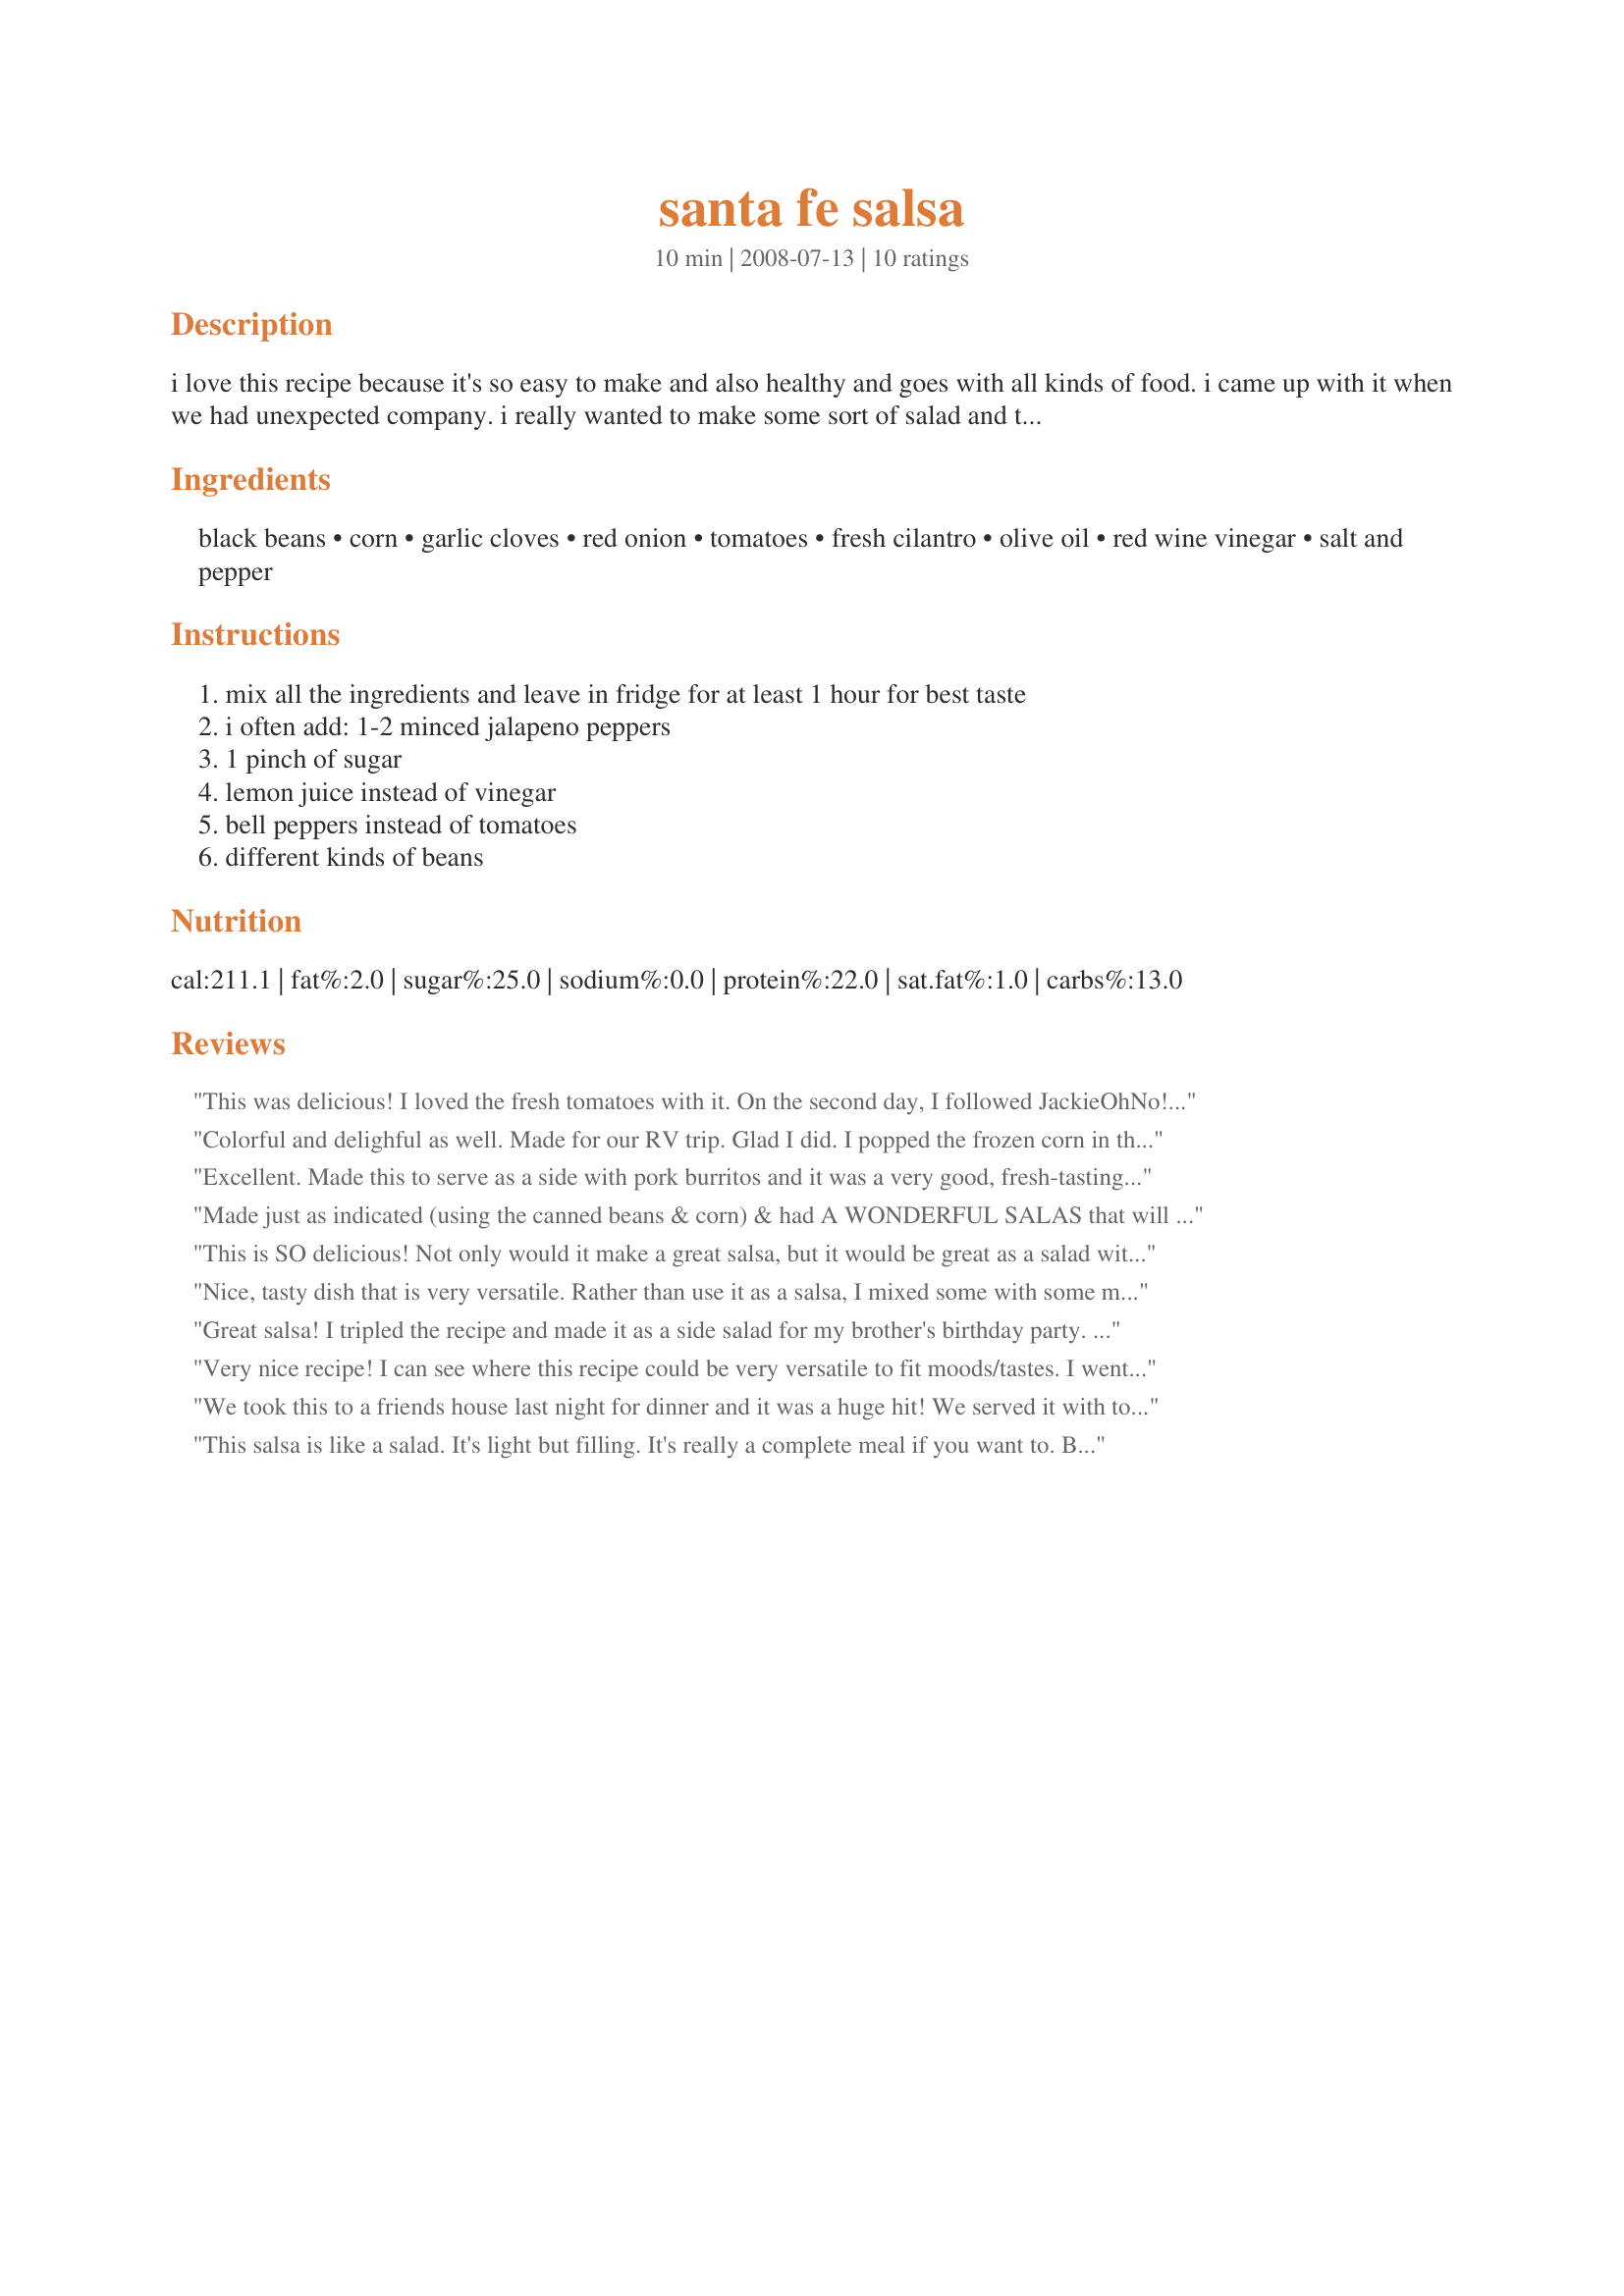
santa fe salsa
Preparation time: 10 minutes

i love this recipe because it's so easy to make and also healthy and goes with all kinds of food.
i came up with it when we had unexpected company. i really wanted to make some sort of salad and this were the ingredients that i had on hand.
you can use it as a salad or a salsa.

Ingredients:
black beans, corn, garlic cloves, red onion, tomatoes, fresh cilantro, olive oil, red wine vinegar, salt and pepper

Steps:
mix all the ingredients and leave in fridge for at least 1 hour for best taste, i often add: 1-2 minced jalapeno peppers, 1 pinch of sugar, lemon juice instead of vinegar, bell peppers instead of tomatoes, different kinds of beans

Reviews:
This was delicious! I loved the fresh tomatoes with it. On the second day, I followed JackieOhNo!'s review and added small pasta to it for lunch. Thanks for a good one!
Colorful and delighful as well. Made for our RV trip. Glad I did. I popped the frozen corn in the microwave for 2 min., it was great. Made for 123 tag.
Excellent. Made this to serve as a side with pork burritos and it was a very good, fresh-tasting accompaniment. Thanks.
Made just as indicated (using the canned beans & corn) & had A WONDERFUL SALAS that will be made again & again over the summer! Thanks for sharing a great, easy-to-make recipe! [Tagged made & reviewed in Please Review My Recipe]
This is SO delicious! Not only would it make a great salsa, but it would be great as a salad with brown rice. Or in a wrap. Or both! I used green garlic, lime juice instead of vinegar (juice of two limes), and a red and yellow pepper. Oh, and two serrano peppers, since I like it spicy. Oh, I will make this again, and again! Thank you, Bellinda!!! Made for Veggie Swap 13.
Nice, tasty dish that is very versatile. Rather than use it as a salsa, I mixed some with some mini-bowtie pasta and packed it for my lunch. It was a nice, change of pace and very healthy. Thanks for posting this. Made for Please Review My Recipe Tag Game.
Great salsa! I tripled the recipe and made it as a side salad for my brother's birthday party. Everyone loved it! Thanks for sharing!
Very nice recipe! I can see where this recipe could be very versatile to fit moods/tastes. I went the lemon juice route instead of vinegar, and didn't use cilantro as we really don't like it. Outside of that, this salsa is very good! I would make it again, and switch off on different beans/veggies/seasonings. I also like the idea of adding this to pasta as another reviewer noted. Made for Veggie Swap Lucky 13.
We took this to a friends house last night for dinner and it was a huge hit! We served it with tortilla chips alongside some hot spinach and artichoke dip another guest brought! Thanks for posting! [Made for PRMR tag April 2010]!
This salsa is like a salad. It's light but filling. It's really a complete meal if you want to. But also perfect to take along to picknicks. And I always have the ingredients home.
